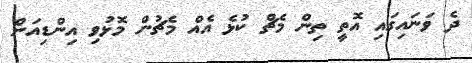
ދެ ވަނައިގައި އޮތީ ތިން މެޗް ކުޅެ އެއް މެޗުން މޮޅުވި އިންޑިއަން